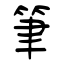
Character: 筆